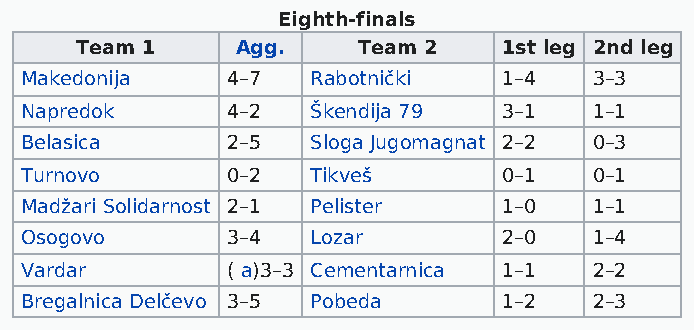
Eighth-finals
 Team 1     Agg.    Team 2   1st leg 2nd leg
 Makedonija    4–7   Rabotnički  1–4   3–3
 Napredok      4–2   Škendija 79 3–1   1–1
 Belasica      2–5   Sloga Jugomagnat 2–2 0–3
 Turnovo       0–2   Tikveš      0–1   0–1
 Madžari Solidarnost 2–1 Pelister 1–0  1–1
 Osogovo       3–4   Lozar       2–0   1–4
 Vardar        ( a)3–3 Cementarnica 1–1 2–2
 Bregalnica Delčevo 3–5 Pobeda   1–2   2–3